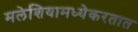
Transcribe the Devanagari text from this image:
मलेशियामध्येकरतात